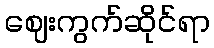
ဈေးကွက်ဆိုင်ရာ